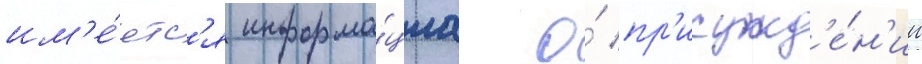
им'е́етс'я информа́циа о́ пр'исужд'е́н'ии